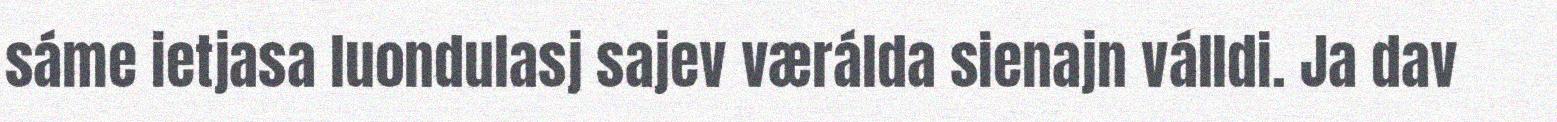
sáme ietjasa luondulasj sajev værálda sienajn válldi. Ja dav